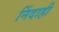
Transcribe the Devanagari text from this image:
निंदाही